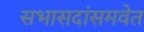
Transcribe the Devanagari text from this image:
सभासदांसमवेत